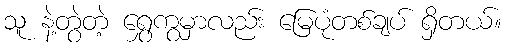
သူ နဲ့တွဲတဲ့ ရွှေကွမှာလည်း မြေပုံတစ်ချပ် ရှိတယ်။